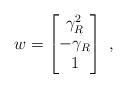
LaTeX: \begin{align*}w = \begin{bmatrix}\gamma_R^2 \\ -\gamma_R \\ 1\end{bmatrix} \;,\end{align*}